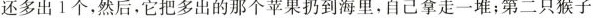
还多出1个，然后，它把多出的那个苹果扔到海里，自己拿走一堆；第二只猴子